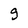
Character: 9